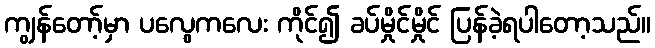
ကျွန်တော့်မှာ ပလွေကလေး ကိုင်၍ ခပ်မှိုင်မှိုင် ပြန်ခဲ့ရပါတော့သည်။